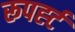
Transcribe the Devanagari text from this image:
रूपर्ह्ट